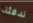
تدفئة